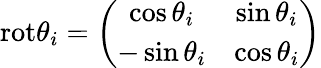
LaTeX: \mathrm{rot}\theta_{i}=\left(\begin{array}{cc}{{\cos\theta_{i}}}&{{\sin\theta_{i}}}\\ {{-\sin\theta_{i}}}&{{\cos\theta_{i}}}\end{array}\right)